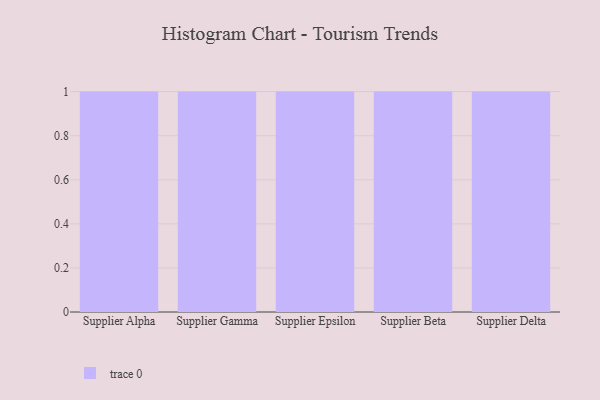
{"axis": {"x": "Supplier", "y": "Bounce Rate (%)"}, "legend": [""], "data": [{"x": "Supplier Alpha", "y": 3, "type": ""}, {"x": "Supplier Gamma", "y": 39, "type": ""}, {"x": "Supplier Epsilon", "y": 50, "type": ""}, {"x": "Supplier Beta", "y": 76, "type": ""}, {"x": "Supplier Delta", "y": 63, "type": ""}]}